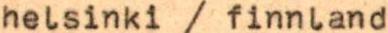
helsinki / finnland